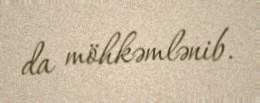
da möhkəmlənib.